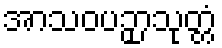
အာသဝပဉှာသုတ္တံ